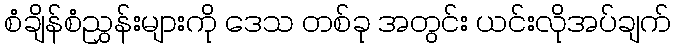
စံချိန်စံညွှန်းများကို ဒေသ တစ်ခု အတွင်း ယင်းလိုအပ်ချက်